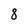
Character: 8